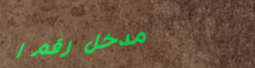
مدخل رقم ١